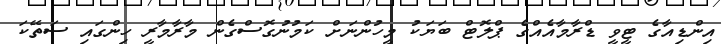
އިންޑިއާގެ ޓީވީ ޑްރާމާއެއްގެ ޕްލޮޓް ބަޔަކު މީހުންނަށް ކަމުނުގޮސްގެން މާރާމާރީ ހިންގައި ސަތޭކަ